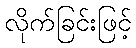
လိုက်ခြင်းဖြင့်